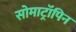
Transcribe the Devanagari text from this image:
सोमाट्रॉपिन